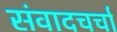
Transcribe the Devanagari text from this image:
संवादचर्चा